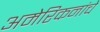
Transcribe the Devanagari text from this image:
अमेरिकनांचे